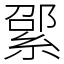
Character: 綤